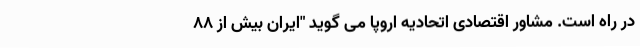
در راه است. مشاور اقتصادی اتحادیه اروپا می گوید "ایران بیش از ۸۸